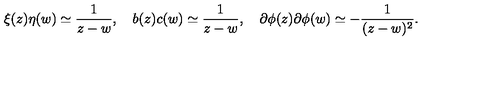
\xi ( z ) \eta ( w ) \simeq { \frac { 1 } { z - w } } , \quad b ( z ) c ( w ) \simeq { \frac { 1 } { z - w } } , \quad \partial \phi ( z ) \partial \phi ( w ) \simeq - { \frac { 1 } { ( z - w ) ^ { 2 } } } .